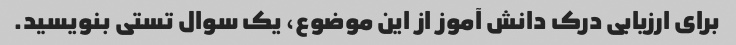
برای ارزیابی درک دانش آموز از این موضوع، یک سوال تستی بنویسید.